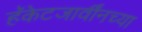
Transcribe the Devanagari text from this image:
हॅकेटजार्वींनच्या